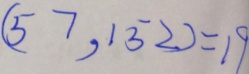
( 5 7 , 1 5 2 ) = 1 9